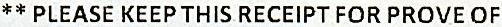
** PLEASE KEEP THIS RECEIPT FOR PROVE OF